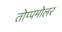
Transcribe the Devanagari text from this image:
तोप्पमोलर